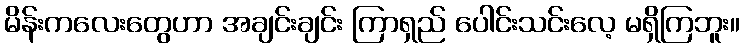
မိန်းကလေးတွေဟာ အချင်းချင်း ကြာရှည် ပေါင်းသင်းလေ့ မရှိကြဘူး။